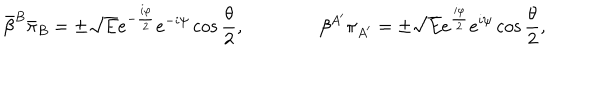
{ \bar { \beta } } ^ { B } { \bar { \pi } } _ { B } = \pm { \sqrt E } e ^ { - { \frac { i \varphi } { 2 } } } e ^ { - i \psi } \cos { \frac { \theta } { 2 } } , \qquad \qquad \beta ^ { A ^ { \prime } } \pi _ { A ^ { \prime } } = \pm { \sqrt E } e ^ { { \frac { i \varphi } { 2 } } } e ^ { i \psi } \cos { \frac { \theta } { 2 } } ,